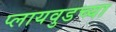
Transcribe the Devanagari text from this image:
प्लायवुडच्या